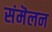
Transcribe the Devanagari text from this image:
संमॆलन